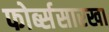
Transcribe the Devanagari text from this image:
फोर्ब्ससारखा